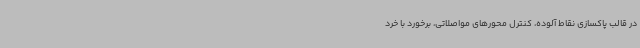
در قالب پاکسازی نقاط آلوده، کنترل محورهای مواصلاتی، برخورد با خرد